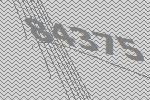
84375